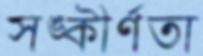
সঙ্কীর্ণতা